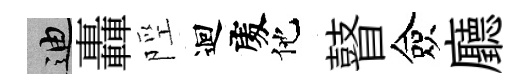
迪轟陘迴𠁅他瞽僉廳